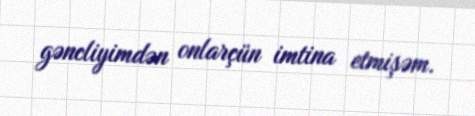
gəncliyimdən onlarçün imtina etmişəm.